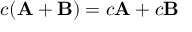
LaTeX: c ( \mathbf { A } + \mathbf { B } ) = c \mathbf { A } + c \mathbf { B }